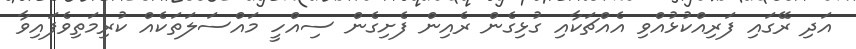
އަދި ރޭގައި ފަރިއްކުޅުއްވި އެއްޗަކާއި ގުޅިގެން ރެއިން ފެށިގެން ސިއްހީ މައްސަލަތަކެއް ކުރިމަތިވެފައިވާ